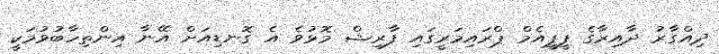
ދިއްގާރު ދާއިރާގެ ޕީޕީއެމް ޕްރައިމަރީގައި ފާރިޝް މޮޅުވެ އެ ގޮނޑިއަށް އޭނާ އިންތިހާބުވުމަކީ